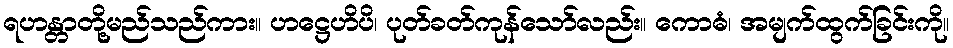
ရဟန္တာတို့မည်သည်ကား။ ဟဋ္ဌေဟိပိ၊ ပုတ်ခတ်ကုန်သော်လည်း။ ကောဓံ၊ အမျက်ထွက်ခြင်းကို။